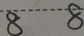
8 8